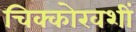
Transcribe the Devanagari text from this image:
चिक्कोरवशीं